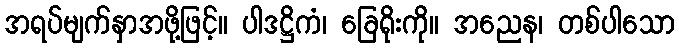
အရပ်မျက်နှာအဖို့ဖြင့်။ ပါဒဋ္ဌိကံ၊ ခြေရိုးကို။ အညေန၊ တစ်ပါသော